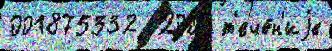
001875332  2001 т'ече́н'иjе